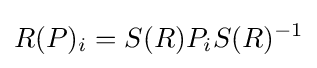
R(P)_{i}=S(R)P_{i}S(R)^{-1}